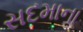
સદમાના